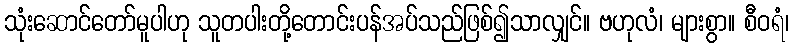
သုံးဆောင်တော်မူပါဟု သူတပါးတို့တောင်းပန်အပ်သည်ဖြစ်၍သာလျှင်။ ဗဟုလံ၊ များစွာ။ စီဝရံ၊